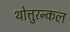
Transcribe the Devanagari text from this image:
थोत्तुरन्कल